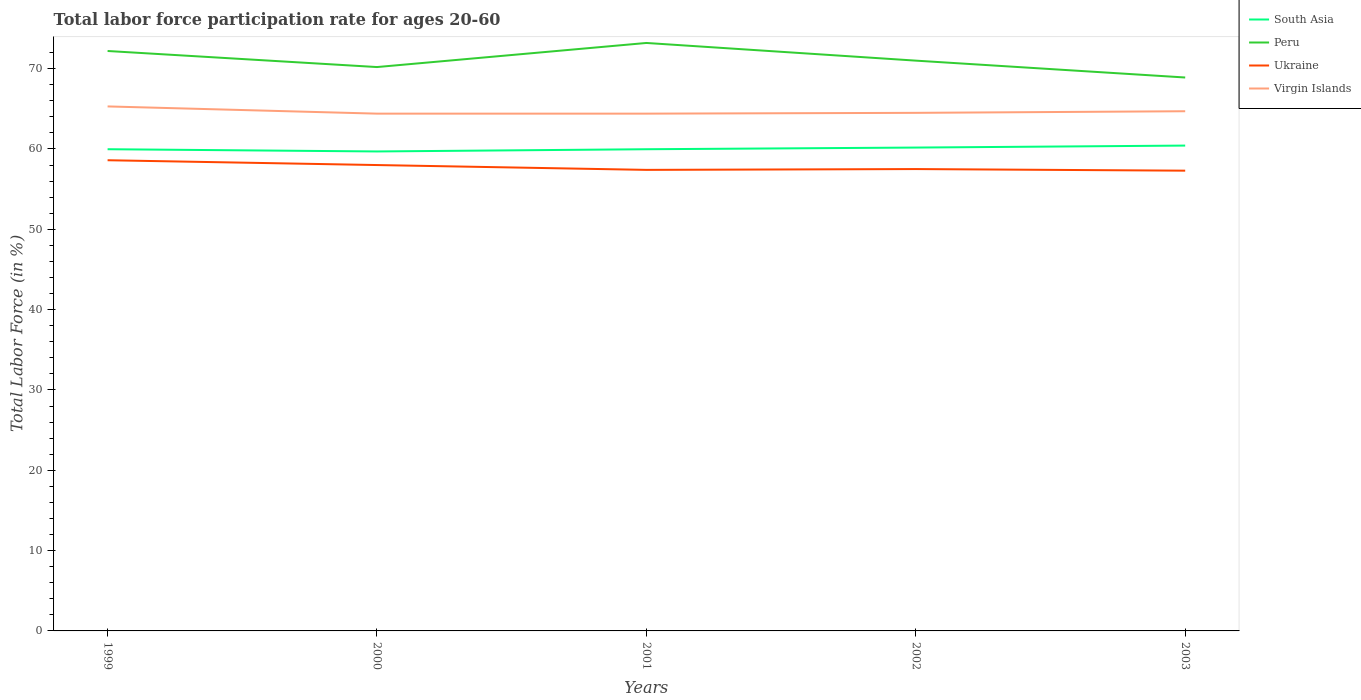
| Years | South Asia | Peru | Ukraine | Virgin Islands |
 | --- | --- | --- | --- | --- |
 | 1999 | 60 | 72.2 | 58.6 | 65.3 |
 | 2000 | 59.7 | 70.2 | 58 | 64.4 |
 | 2001 | 60 | 73.2 | 57.4 | 64.4 |
 | 2002 | 60.2 | 71 | 57.5 | 64.5 |
 | 2003 | 60.4 | 68.9 | 57.3 | 64.7 |